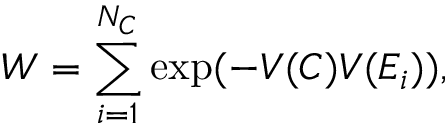
W = \sum _ { i = 1 } ^ { N _ { C } } \mathrm { e x p } ( - V ( C ) V ( E _ { i } ) ) ,